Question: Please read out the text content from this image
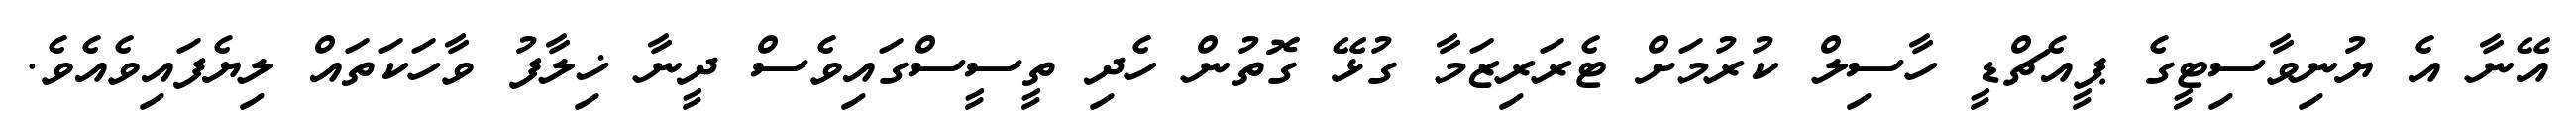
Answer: އޭނާ އެ ޔުނިވާސިޓީގެ ޕީއެޗްޑީ ހާސިލް ކުރުމަށް ޓެރަރިޒަމާ ގުޅޭ ގޮތުން ހެދި ތީސީސްގައިވެސް ދީނާ ޚިލާފު ވާހަކަތައް ލިޔެފައިވެއެވެ.